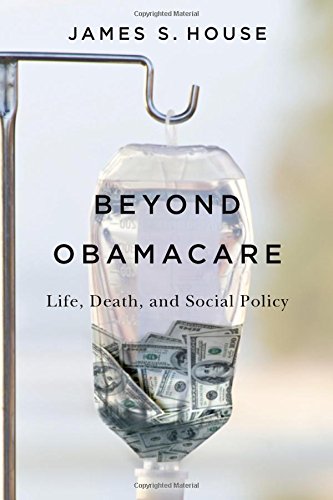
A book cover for Beyond Obamacare: Life, Death, and Social Policy; Politics & Social Sciences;